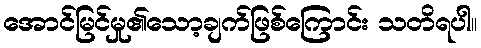
အောင်မြင်မှု၏သော့ချက်ဖြစ်ကြောင်း သတိရပါ။